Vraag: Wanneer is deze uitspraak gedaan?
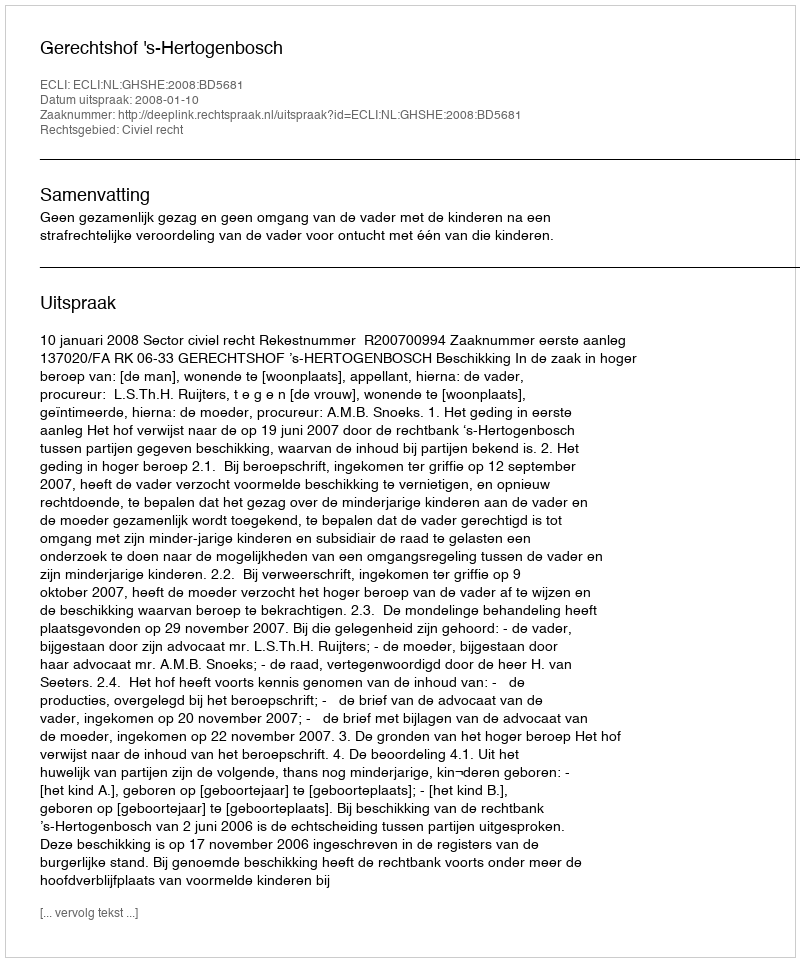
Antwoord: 2008-01-10